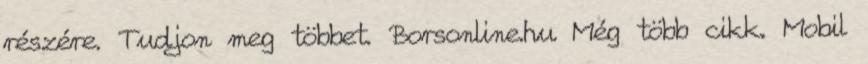
részére. Tudjon meg többet. Borsonline.hu Még több cikk. Mobil